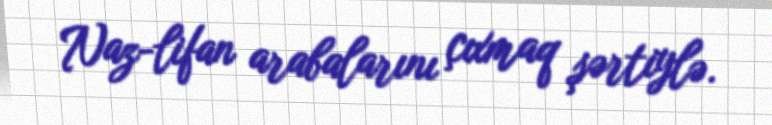
Naz-lifan arabalarını çıxmaq şərtiylə.